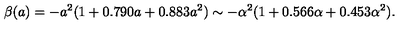
\beta ( a ) = - a ^ { 2 } ( 1 + 0 . 7 9 0 a + 0 . 8 8 3 a ^ { 2 } ) \sim - \alpha ^ { 2 } ( 1 + 0 . 5 6 6 \alpha + 0 . 4 5 3 \alpha ^ { 2 } ) .